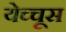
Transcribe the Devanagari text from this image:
येच्चूस